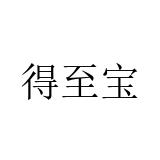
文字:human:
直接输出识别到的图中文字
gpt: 得至宝